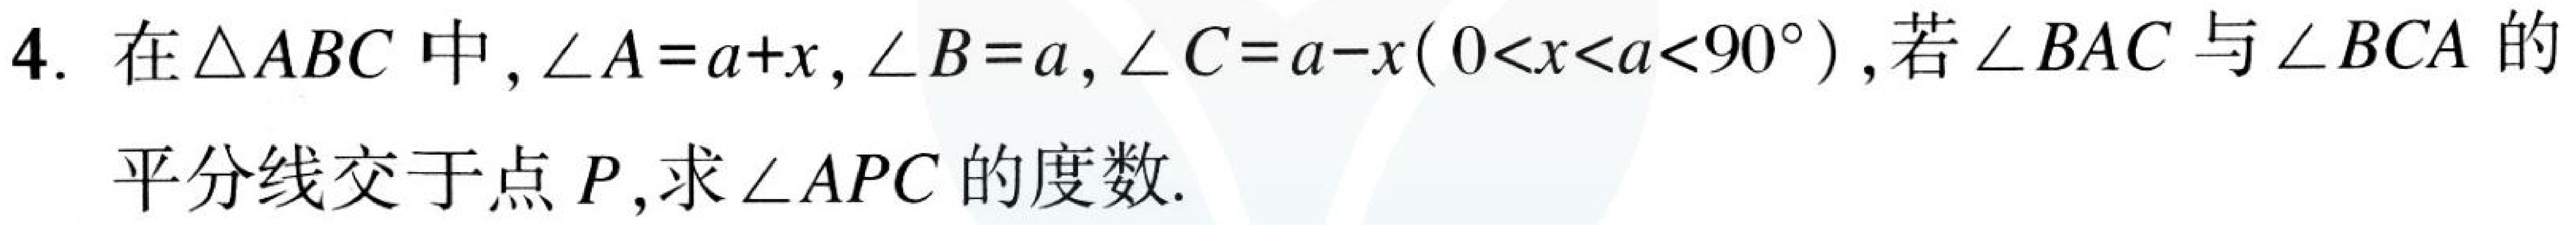
4. 在$\triangle ABC$中，$\angle A = \alpha + x$，$\angle B = \alpha$，$\angle C=\alpha - x(0 < x < \alpha<90^{\circ})$，若$\angle BAC$与$\angle BCA$的平分线交于点$P$，求$\angle APC$的度数.